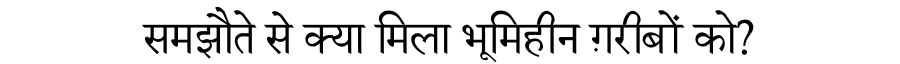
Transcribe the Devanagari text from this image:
समझौते से क्या मिला भूमिहीन ग़रीबों को?